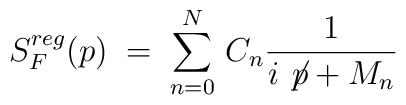
S_F^{reg}(p)\;=\; \sum_{n=0}^N \, C_n \frac{1}{i \not \! p + M_n}